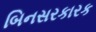
બિનસરકારક